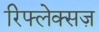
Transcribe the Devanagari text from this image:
रिफ्लेक्सज़